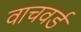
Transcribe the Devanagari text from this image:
वाचवर्ड